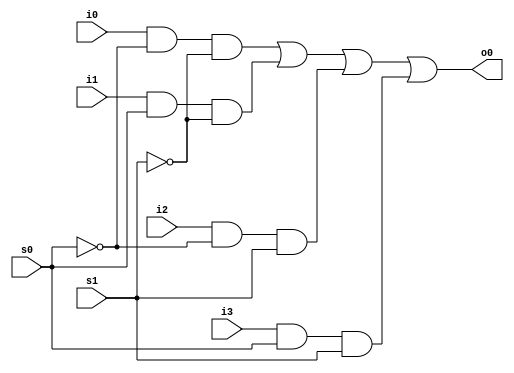
module mux_4_to_1(i0,i1,i2,i3,s0,s1,o0);
	input s0,s1;
	input i0,i1,i2,i3;
	output o0;

	wire s0n,s1n;
	wire y0,y1,y2,y3;
	not (s0n,s0);
	not (s1n,s1);

	and (y0,i0,s0n,s1n);
	and (y1,i1,s0,s1n);
	and (y2,i2,s0n,s1);
	and (y3,i3,s0,s1);

	or (o0,y0,y1,y2,y3);
endmodule

module stimulus;
	reg IN0,IN1,IN2,IN3;
	reg S1,S0;
	wire OUTPUT;

	mux_4_to_1 m(IN0,IN1,IN2,IN3,S0,S1,OUTPUT);

	initial 
	begin
		$dumpfile("simulation.vcd");
		$dumpvars(IN0,IN1,IN2,IN3,S0,S1,OUTPUT);
	end

	initial
	begin
		IN0 = 1'b0;
		IN1 = 1'b1;
		IN2 = 1'b0;
		IN3 = 1'b1;
		S0 = 1'b0;
		S1 = 1'b0;
	end

	always
		#1 S0 = ~ S0;

	always 
		#2 S1 = ~ S1;

	initial 
		#10 $finish;
endmodule